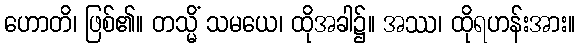
ဟောတိ၊ ဖြစ်၏။ တသ္မိံ သမယေ၊ ထိုအခါ၌။ အဿ၊ ထိုရဟန်းအား။